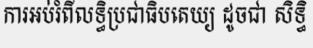
ការអប់រំពីលទ្ធិប្រជាធិបតេយ្យ ដូចជា សិទ្ធិ